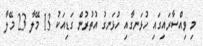
މި ވިއްސާރައިގައި ހުޅަނގާއި ހުޅަނގު އުތުރުން ގަޑިއަކު 13 މޭލާ 23 މޭލާ